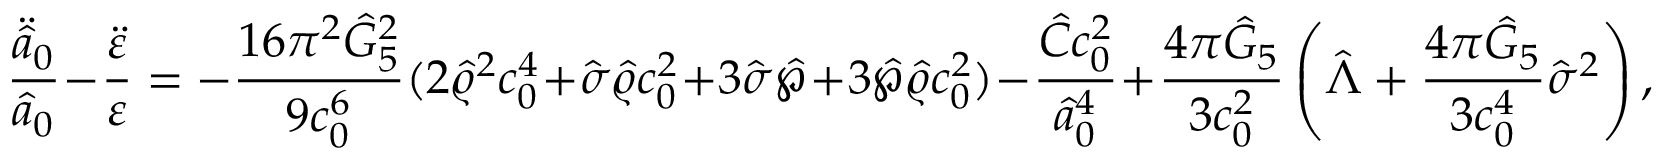
{ \frac { \ddot { \hat { a } } _ { 0 } } { \hat { a } _ { 0 } } } - { \frac { \ddot { \varepsilon } } { \varepsilon } } = - { \frac { 1 6 \pi ^ { 2 } \hat { G } _ { 5 } ^ { 2 } } { 9 c _ { 0 } ^ { 6 } } } ( 2 \hat { \varrho } ^ { 2 } c _ { 0 } ^ { 4 } + \hat { \sigma } \hat { \varrho } c _ { 0 } ^ { 2 } + 3 \hat { \sigma } \hat { \wp } + 3 \hat { \wp } \hat { \varrho } c _ { 0 } ^ { 2 } ) - { \frac { \hat { \cal C } c _ { 0 } ^ { 2 } } { \hat { a } _ { 0 } ^ { 4 } } } + { \frac { 4 \pi \hat { G } _ { 5 } } { 3 c _ { 0 } ^ { 2 } } } \left( \hat { \Lambda } + { \frac { 4 \pi \hat { G } _ { 5 } } { 3 c _ { 0 } ^ { 4 } } } \hat { \sigma } ^ { 2 } \right) ,